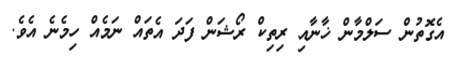
އެގޮތުން ސަލްމާން ޚާނާއި ރިތިކް ރޯޝަން ފަދަ އެތައް ނަމެއް ހިމެނެ އެވެ.